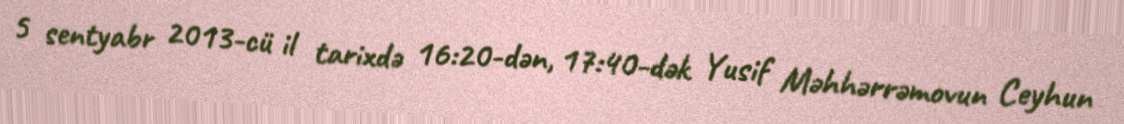
5 sentyabr 2013-cü il tarixdə 16:20-dən, 17:40-dək Yusif Məhhərrəmovun Ceyhun